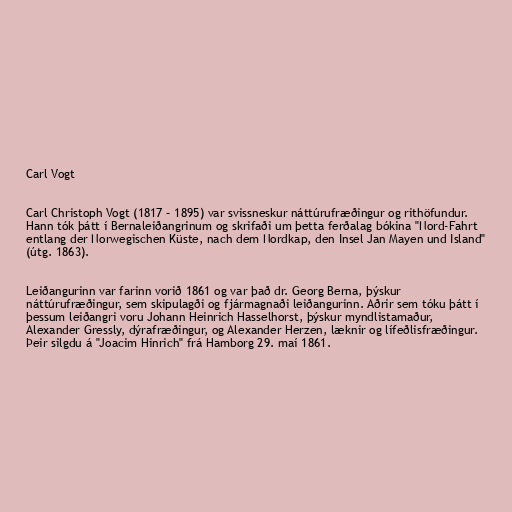
Carl Vogt

Carl Christoph Vogt (1817 – 1895) var svissneskur náttúrufræðingur og rithöfundur.
Hann tók þátt í Bernaleiðangrinum og skrifaði um þetta ferðalag bókina "Nord-Fahrt
entlang der Norwegischen Küste, nach dem Nordkap, den Insel Jan Mayen und Island"
(útg. 1863).

Leiðangurinn var farinn vorið 1861 og var það dr. Georg Berna, þýskur
náttúrufræðingur, sem skipulagði og fjármagnaði leiðangurinn. Aðrir sem tóku þátt í
þessum leiðangri voru Johann Heinrich Hasselhorst, þýskur myndlistamaður,
Alexander Gressly, dýrafræðingur, og Alexander Herzen, læknir og lífeðlisfræðingur.
Þeir silgdu á "Joacim Hinrich" frá Hamborg 29. maí 1861.